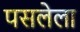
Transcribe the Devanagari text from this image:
पसलेला